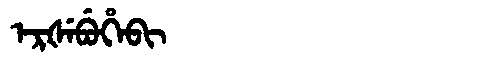
Manchu: ᡝᡵᡧᡝᠪᡠᡥᡝᠪᡳ
Romanization: ERŠEBUHEBI